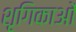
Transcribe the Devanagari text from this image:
शृगिकाओं